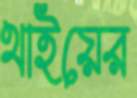
থাইয়ের